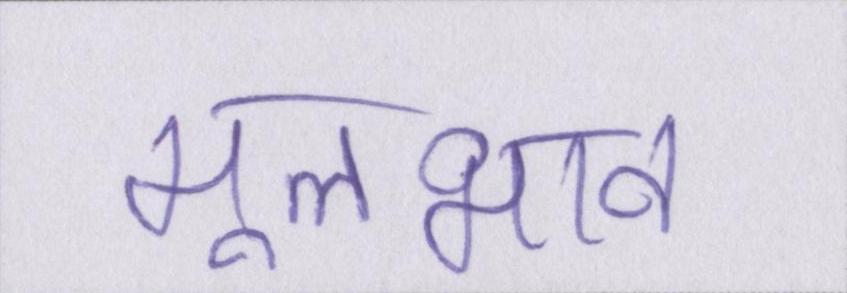
मूलभाव